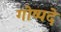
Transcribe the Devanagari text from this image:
गोष्पदे